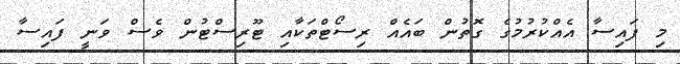
މި ފައިސާ އެއްކުރުމުގެ ގޮތުން ބައެއް ރިސޯޓްތަކާއި ޓޫރިސްޓުން ވެސް ވަނީ ފައިސާ